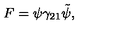
F = \psi \gamma _ { 2 1 } \tilde { \psi } ,